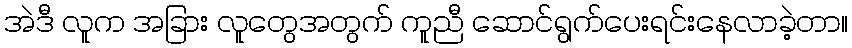
အဲဒီ လူက အခြား လူတွေအတွက် ကူညီ ဆောင်ရွက်ပေးရင်းနေလာခဲ့တာ။